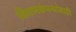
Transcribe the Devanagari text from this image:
विमानकंपन्यांसाठी